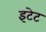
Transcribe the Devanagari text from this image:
इटेट